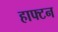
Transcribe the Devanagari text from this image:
हाफ्टन